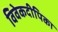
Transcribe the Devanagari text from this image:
विवेकदीपिका